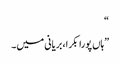
“
”ہاں پورا بکرا، بریانی میں۔